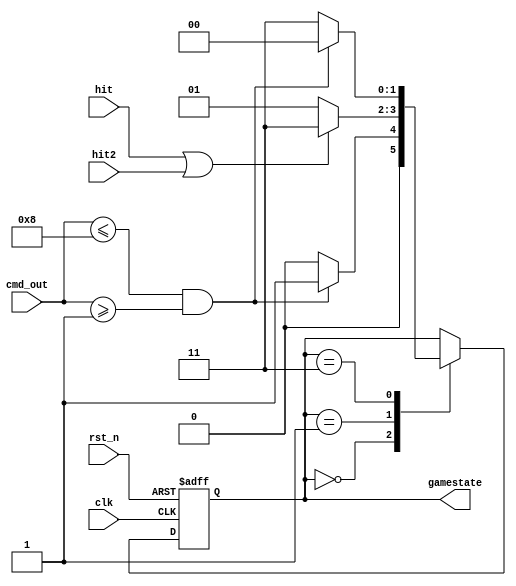
module Game_ctrl(//?
    input clk,
    input rst_n,
    input [4:0]cmd_out,
    input hit,
    input hit2,
    
    output reg [1:0]gamestate
    );
    
    localparam PRE = 2'b00;
    localparam START = 2'b01;
//    localparam PLAY = 2'b11;
    localparam DIE = 2'b11;
    
    always@(posedge clk or negedge rst_n)
    begin
      if(!rst_n)
      begin
        gamestate <= PRE;
      end
      
      else
      begin
        case(gamestate)
        
        PRE:
        begin
          if(cmd_out <= 4'b1000 && cmd_out >= 4'b0001) gamestate <= START;
          else gamestate <= PRE;
        end
        
        START:
        begin
          if(hit || hit2) gamestate <= DIE;
          else gamestate <= START;
        end
        
        DIE:
        begin
          if(cmd_out <= 4'b1000 && cmd_out >= 4'b0001) gamestate <= PRE;
          else gamestate <= DIE;
        end
        
        endcase
      end
    end
    
endmodule